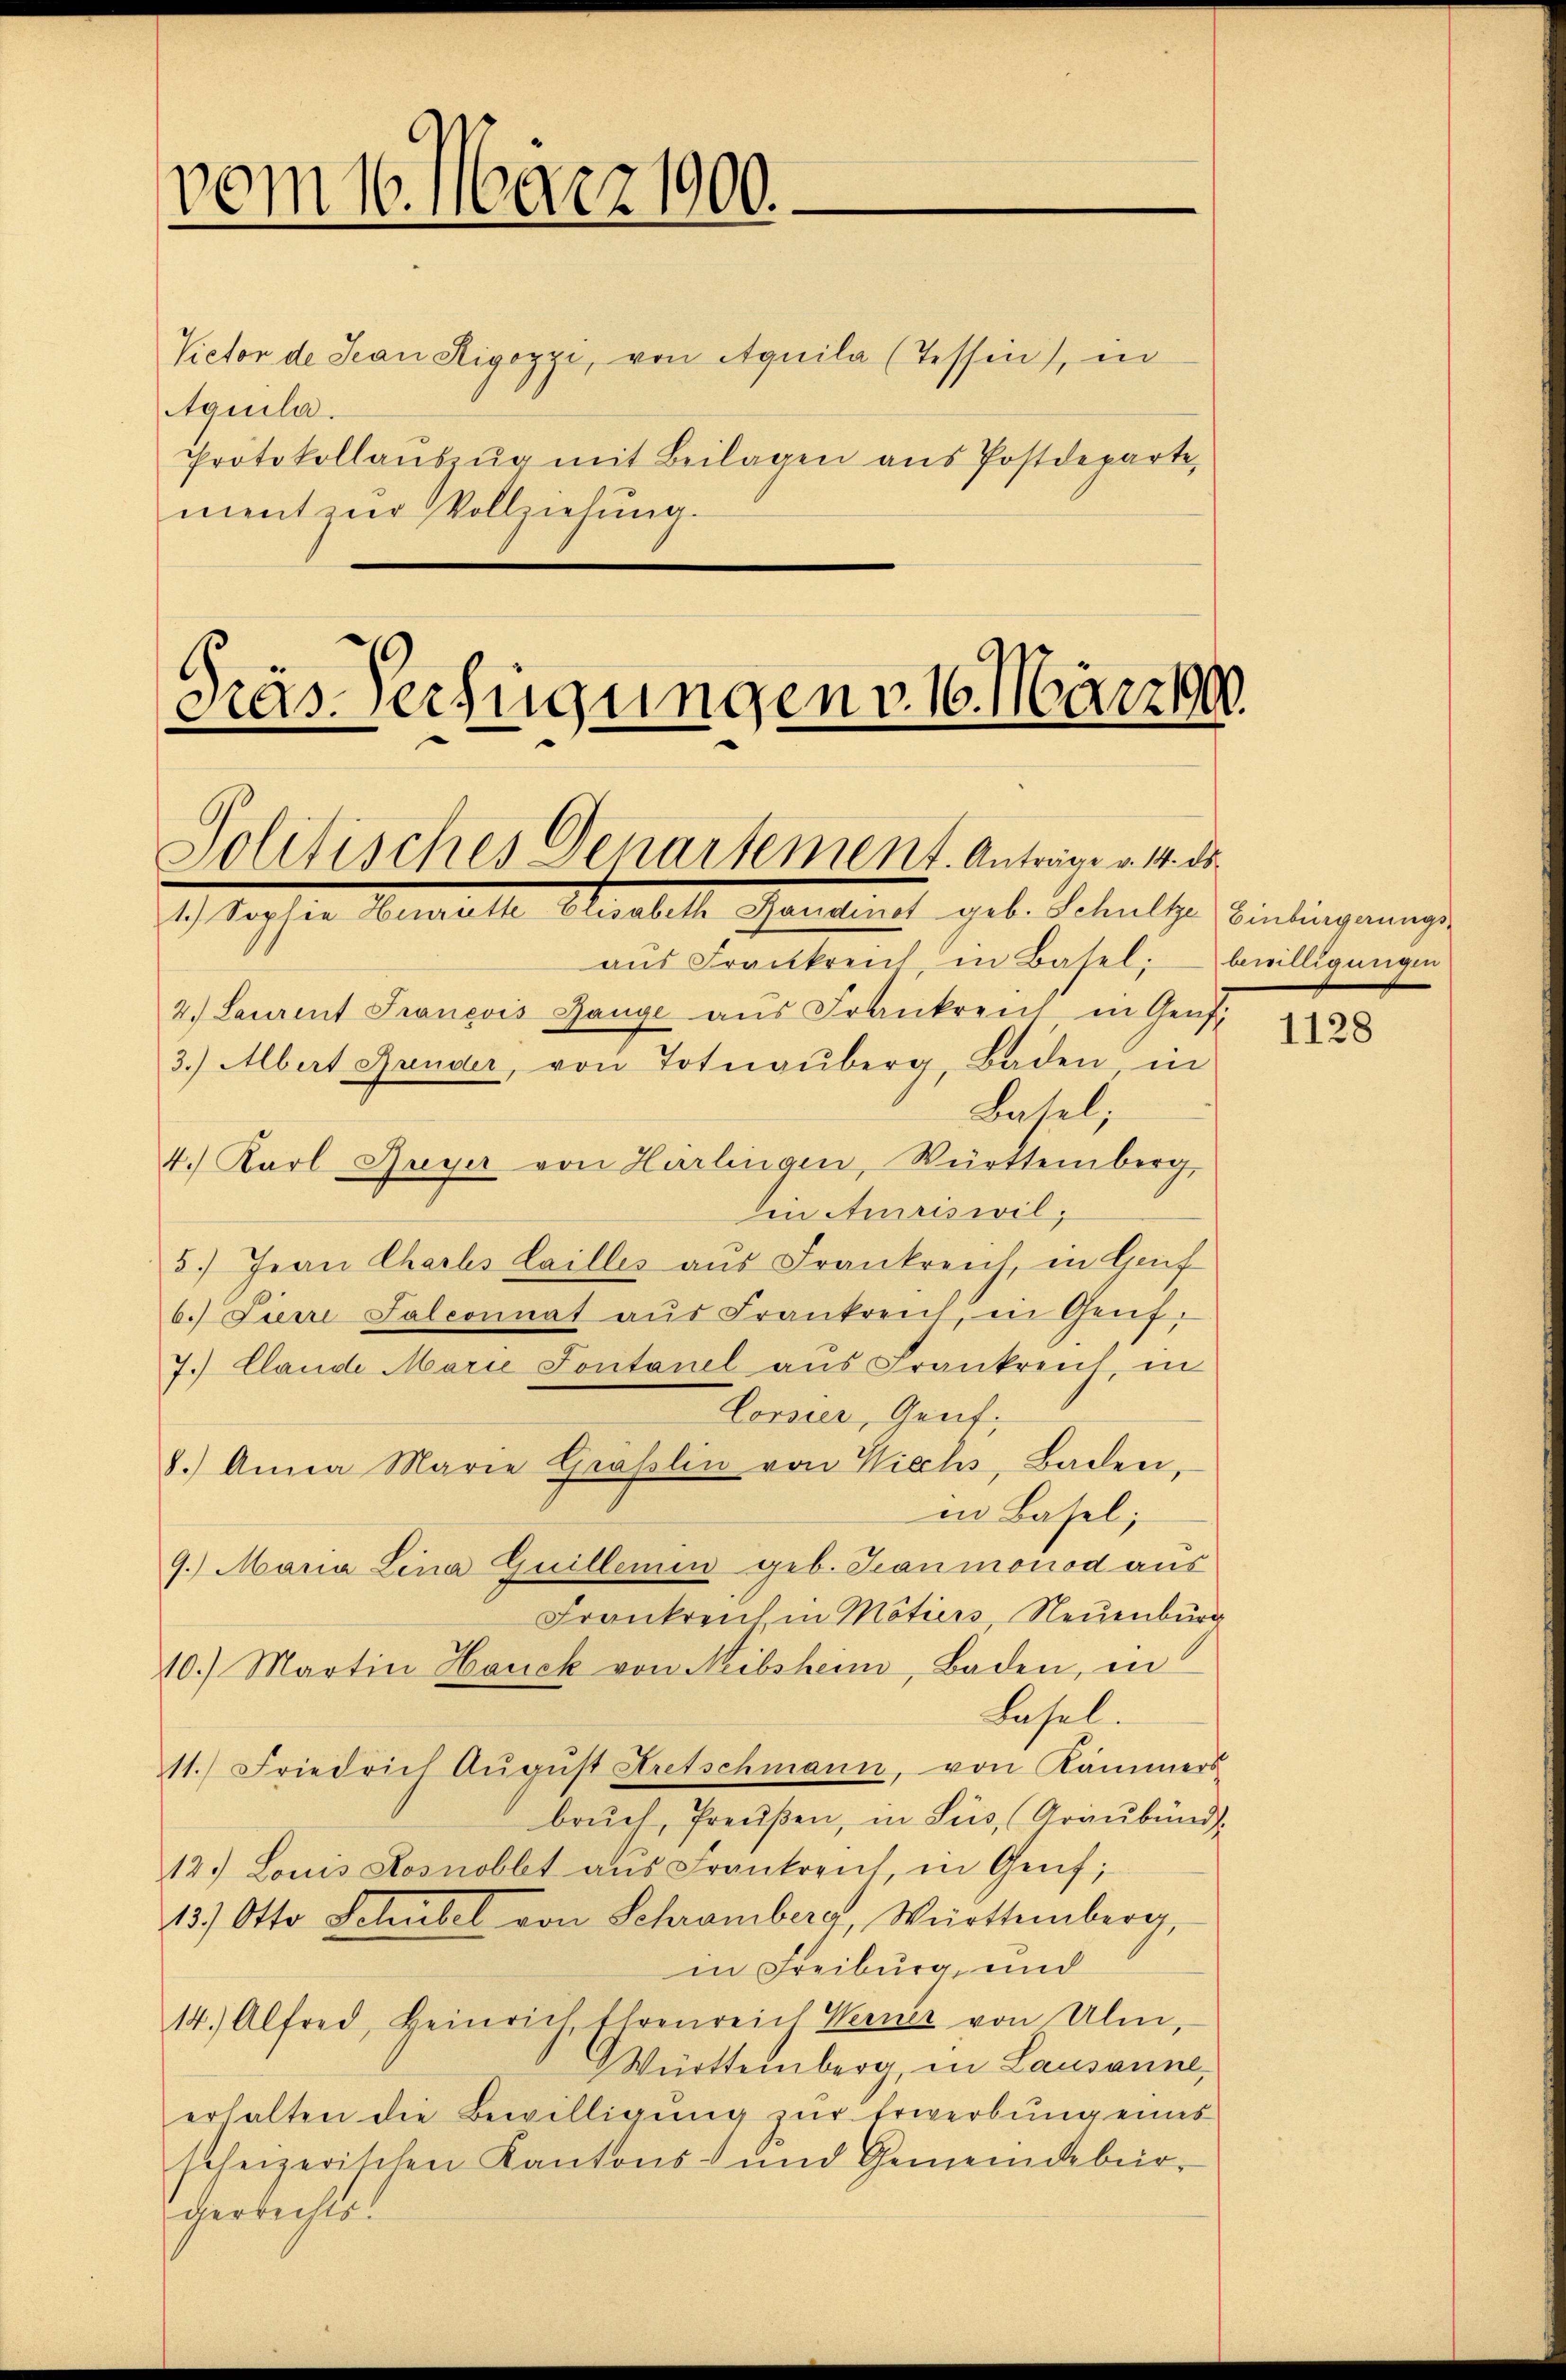
vom 16. März 1900.

Victor de Jean Rigozzi, von Aquila (Tessin), in
Aquila.
Protokollaŭszŭg mit Beilagen ans Postdeparte,
ment zur Vollziehung.

Dres Verfügungen v. 16. März 19
Politisches Departement. Anträge v. 4. ds.
1.) Wasser Mustelle Stralele Schanien geb. Fehralte Vindingungs

aŭs Frankreich, in Basel, bewilligungen
2.) Laurent Francois Gange aus Frankreis in Genf
3.) Abert Bruder, von Totnaŭberg, Baden in
Basel,
4. Karl Auge von Härlingen, Württemberg
in Amriswil,
5.) Jean Charls Lailles aus Frankreich, in Genf
b. Lienri Salconnat aŭs Frankreich, in Genf.
7. Clande Marie Sontanel aŭs Frankreich in
Corsier, Genf,
8.) Anna Marie Gräslin von Viechs, Baden,
in Basel;
9.) Mana Lina Guillemin geb. Jeanmonod aus
Frankreich in Motiers, Neuenburg
10.) Martin Hanck von Neibsheim, Baden, in
Lasel.
11.) Friedrich Aŭgŭst Kretschmann, von Kammers
bruch, Preußen, in Sus, (Graubünd
12.) Louis Losnobbt aus Frankreich, in Genf;
13.) Otto Schübel von Schromberg, Württemberg,
in Freiburg, und
14.) Alfred, Heinrich, Ehrenreich Werner von Ulm,
Württemberg, in Lausanne,
erhalten die Bewilligung zur Erwerbung eines
scheizerischen Kantons- und Gemeindebürgerrechts.

1128